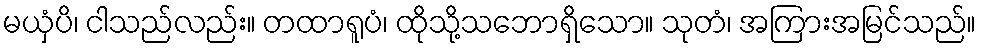
မယှံပိ၊ ငါသည်လည်း။ တထာရူပံ၊ ထိုသို့သဘောရှိသော။ သုတံ၊ အကြားအမြင်သည်။